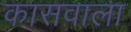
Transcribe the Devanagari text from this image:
कासवाला